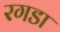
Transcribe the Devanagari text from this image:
रगडा